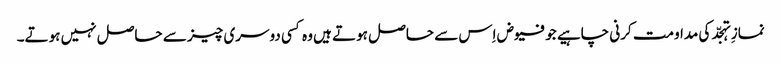
نمازِ تہجّد کی مداومت کرنی چاہیے جو فیوض اِس سے حاصل ہوتے ہیں وہ کسی دوسری چیز سے حاصل نہیں ہوتے۔